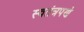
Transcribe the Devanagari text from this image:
स्‍वतंत्रपणे